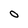
Character: O